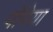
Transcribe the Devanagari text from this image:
पोंपेया